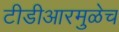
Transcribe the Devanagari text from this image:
टीडीआरमुळेच